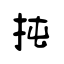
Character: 扽